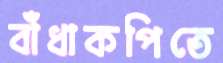
বাঁধাকপিতে